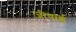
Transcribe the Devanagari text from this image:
जीवाई